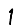
Digit: 1